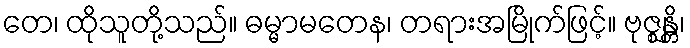
တေ၊ ထိုသူတို့သည်။ ဓမ္မာမတေန၊ တရားအမြိုက်ဖြင့်။ ဗုဇ္ဈန္တိ၊